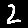
Digit: 2